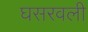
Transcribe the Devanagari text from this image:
घसरवली